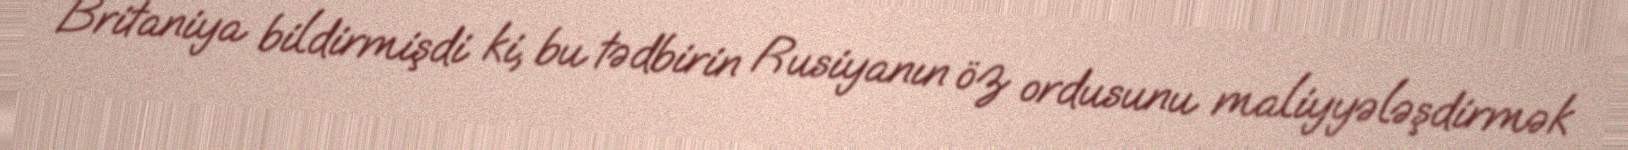
Britaniya bildirmişdi ki, bu tədbirin Rusiyanın öz ordusunu maliyyələşdirmək